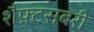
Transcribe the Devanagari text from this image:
शैफ़्टसबरी